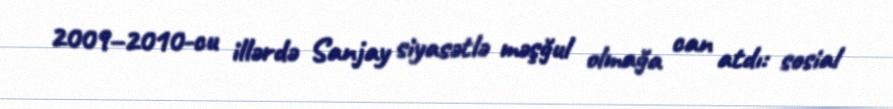
2009–2010-cu illərdə Sanjay siyasətlə məşğul olmağa can atdı: sosial